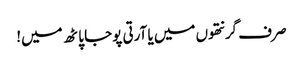
صر ف گرنتھوں میں یا آرتی پوجا پاٹھ میں!